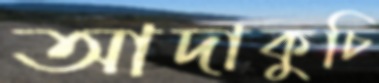
আদাকুচি